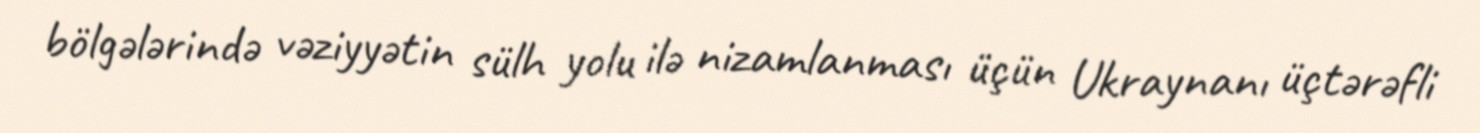
bölgələrində vəziyyətin sülh yolu ilə nizamlanması üçün Ukraynanı üçtərəfli